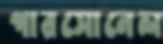
পারসোনেল